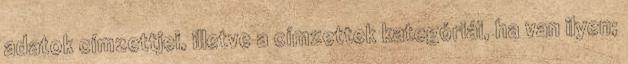
adatok címzettjei, illetve a címzettek kategóriái, ha van ilyen;